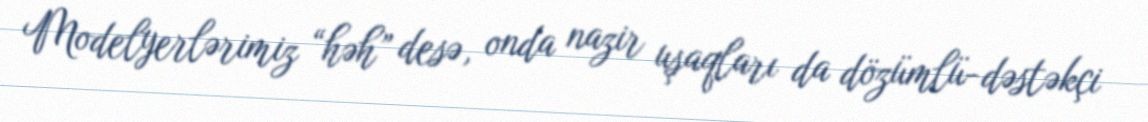
Modelyerlərimiz “həh” desə, onda nazir uşaqları da dözümlü-dəstəkçi